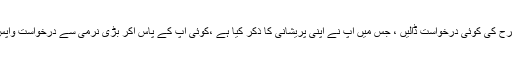
اس لئے جیسے ہی اس طرح کی کوئی درخواست ڈالیں ، جس میں آپ نے اپنی پریشانی کا ذکر کیا ہے ،کوئی آپ کے پاس آکر بڑی نرمی سے درخواست واپس لینے کے لئے کہے گا۔